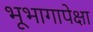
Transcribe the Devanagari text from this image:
भूभागापेक्षा